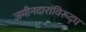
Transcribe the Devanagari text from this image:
जमीनदारांविरूद्घ